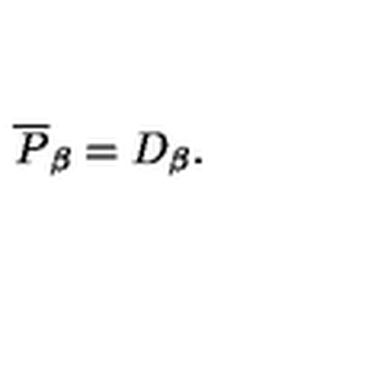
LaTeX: \overline { { P } } _ { \beta } = D _ { \beta } .